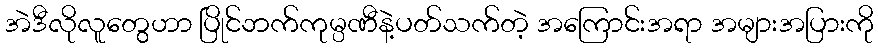
အဲဒီလိုလူတွေဟာ ပြိုင်ဘက်ကုမ္ပဏီနဲ့ပတ်သက်တဲ့ အကြောင်းအရာ အများအပြားကို